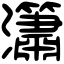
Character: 𤄙